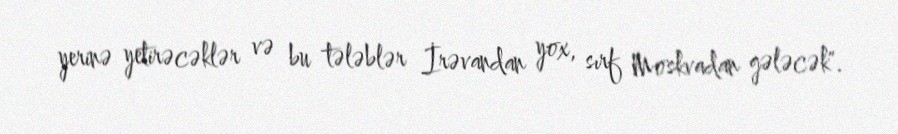
yerinə yetirəcəklər və bu tələblər İrəvandan yox, sırf Moskvadan gələcək".